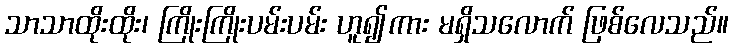
သာသာထိုးထိုး၊ ကြိုးကြိုးပမ်းပမ်း ဟူ၍ကား မရှိသလောက် ဖြစ်လေသည်။